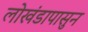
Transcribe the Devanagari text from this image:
लोखंडापासुन